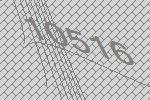
10516